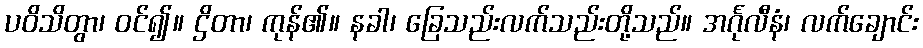
ပဝိသိတွာ၊ ဝင်၍။ ဌိတာ၊ ကုန်၏။ နခါ၊ ခြေသည်းလက်သည်းတို့သည်။ အင်္ဂုလီနံ၊ လက်ချောင်း